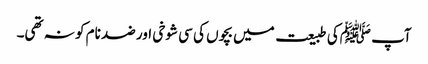
آپ ﷺکی طبیعت میں بچوں کی سی شوخی اور ضد نام کو نہ تھی۔